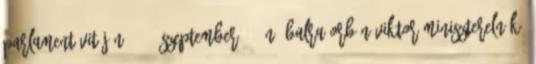
Parlament vitáján 2018. szeptember 11-én. Balra Orbán Viktor miniszterelnök,